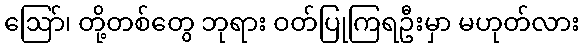
ဩော်၊ တို့တစ်တွေ ဘုရား ဝတ်ပြုကြရဦးမှာ မဟုတ်လား